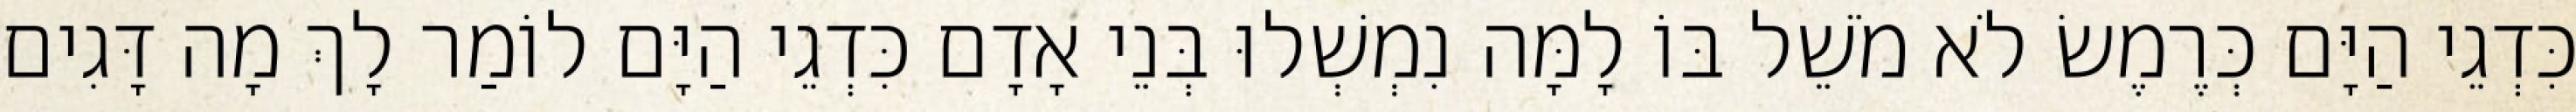
כִּדְגֵי הַיָּם כְּרֶמֶשׂ לֹא מֹשֵׁל בּוֹ לָמָּה נִמְשְׁלוּ בְּנֵי אָדָם כִּדְגֵי הַיָּם לוֹמַר לָךְ מָה דָּגִים